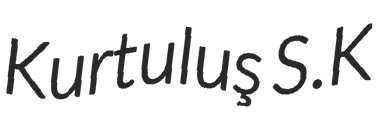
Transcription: Kurtuluş S.K